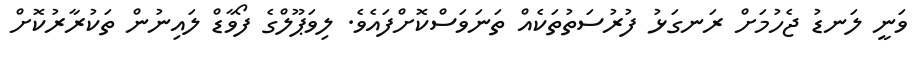
ވަނީ ލަނޑު ޖެހުމަށް ރަނގަޅު ފުރުސަތުތަކެއް ތަނަވަސްކޮށްފައެވެ. ލިވަޕޫލްގެ ފޯވާޑް ލައިނުން ތަކުރާރުކޮށް